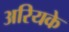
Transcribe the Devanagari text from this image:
अरियके